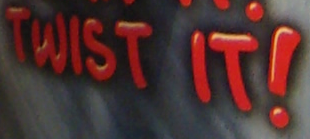
TWIST IT!